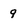
Character: 9